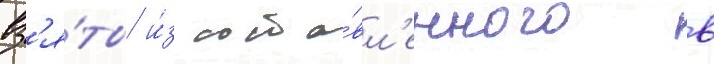
вз'я́ты и́з соста́вл'енного в